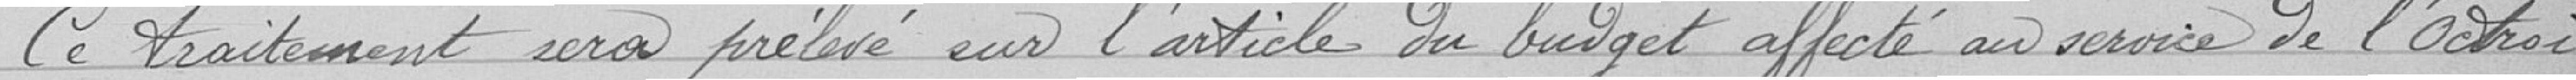
Ce traitement sera prélevé sur l'article du budget affecté au service de l'Octroi.